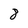
Character: 8